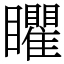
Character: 䂂